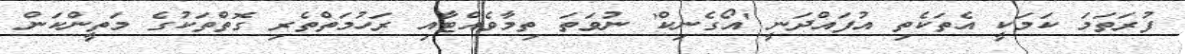
ފުރަތަމަ ކަމަކީ އެތަކެތި އުފައްދަނީ 'އޯގެނިކް' ނުވަތަ ތިމާވެއްޓާއި ރަހުމަތްތެރި ގޮތްތަކުގެ މަތީންކަން